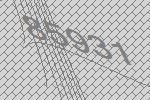
85931